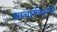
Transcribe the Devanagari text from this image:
प्राचार्यपदाची